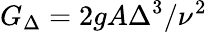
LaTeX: G_{\Delta}=2gA\Delta^{3}/\nu^{2}